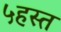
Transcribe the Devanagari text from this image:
५हस्त